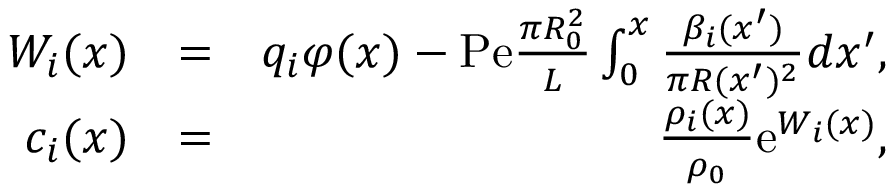
\begin{array} { r l r } { W _ { i } ( x ) } & { = } & { q _ { i } \varphi ( x ) - \mathrm { P e } \frac { \pi R _ { 0 } ^ { 2 } } { L } \int _ { 0 } ^ { x } \frac { \beta _ { i } ( x ^ { \prime } ) } { \pi R ( x ^ { \prime } ) ^ { 2 } } d x ^ { \prime } , } \\ { c _ { i } ( x ) } & { = } & { \frac { \rho _ { i } ( x ) } { \rho _ { 0 } } \mathrm { e } ^ { W _ { i } ( x ) } , } \end{array}